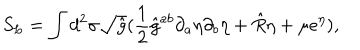
LaTeX: S _ { L } = \int d ^ { 2 } \sigma \sqrt { \hat { g } } ( \frac { 1 } { 2 } { \hat { g } } ^ { a b } \partial _ { a } \eta \partial _ { b } \eta + \hat { R } \eta + \mu e ^ { \eta } ) ,